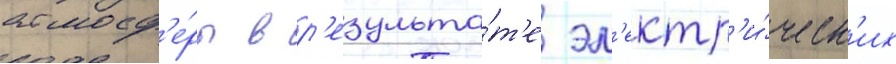
атмосф'е́ры в р'езульта́т'е эл'ектр'и́ческ'их